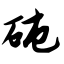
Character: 砘